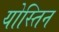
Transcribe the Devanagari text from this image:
योस्तिन